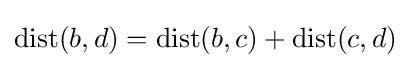
\mathrm {dist} (b,d)=\mathrm {dist} (b,c)+\mathrm {dist} (c,d)